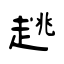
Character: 趒